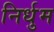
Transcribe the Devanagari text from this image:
निर्धुम